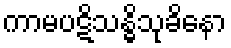
ကာမပဋိသန္ဓိသုခိနော